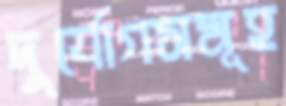
দুর্যোগসমূহ